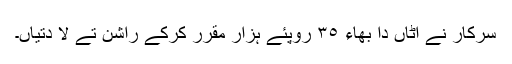
سرکار نے اٹاں دا بھاء ٣٥ روپئے ہزار مقرر کرکے راشن تے لا دتیاں۔